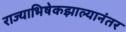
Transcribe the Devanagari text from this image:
राज्याभिषेकझाल्यानंतर